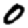
Digit: 0